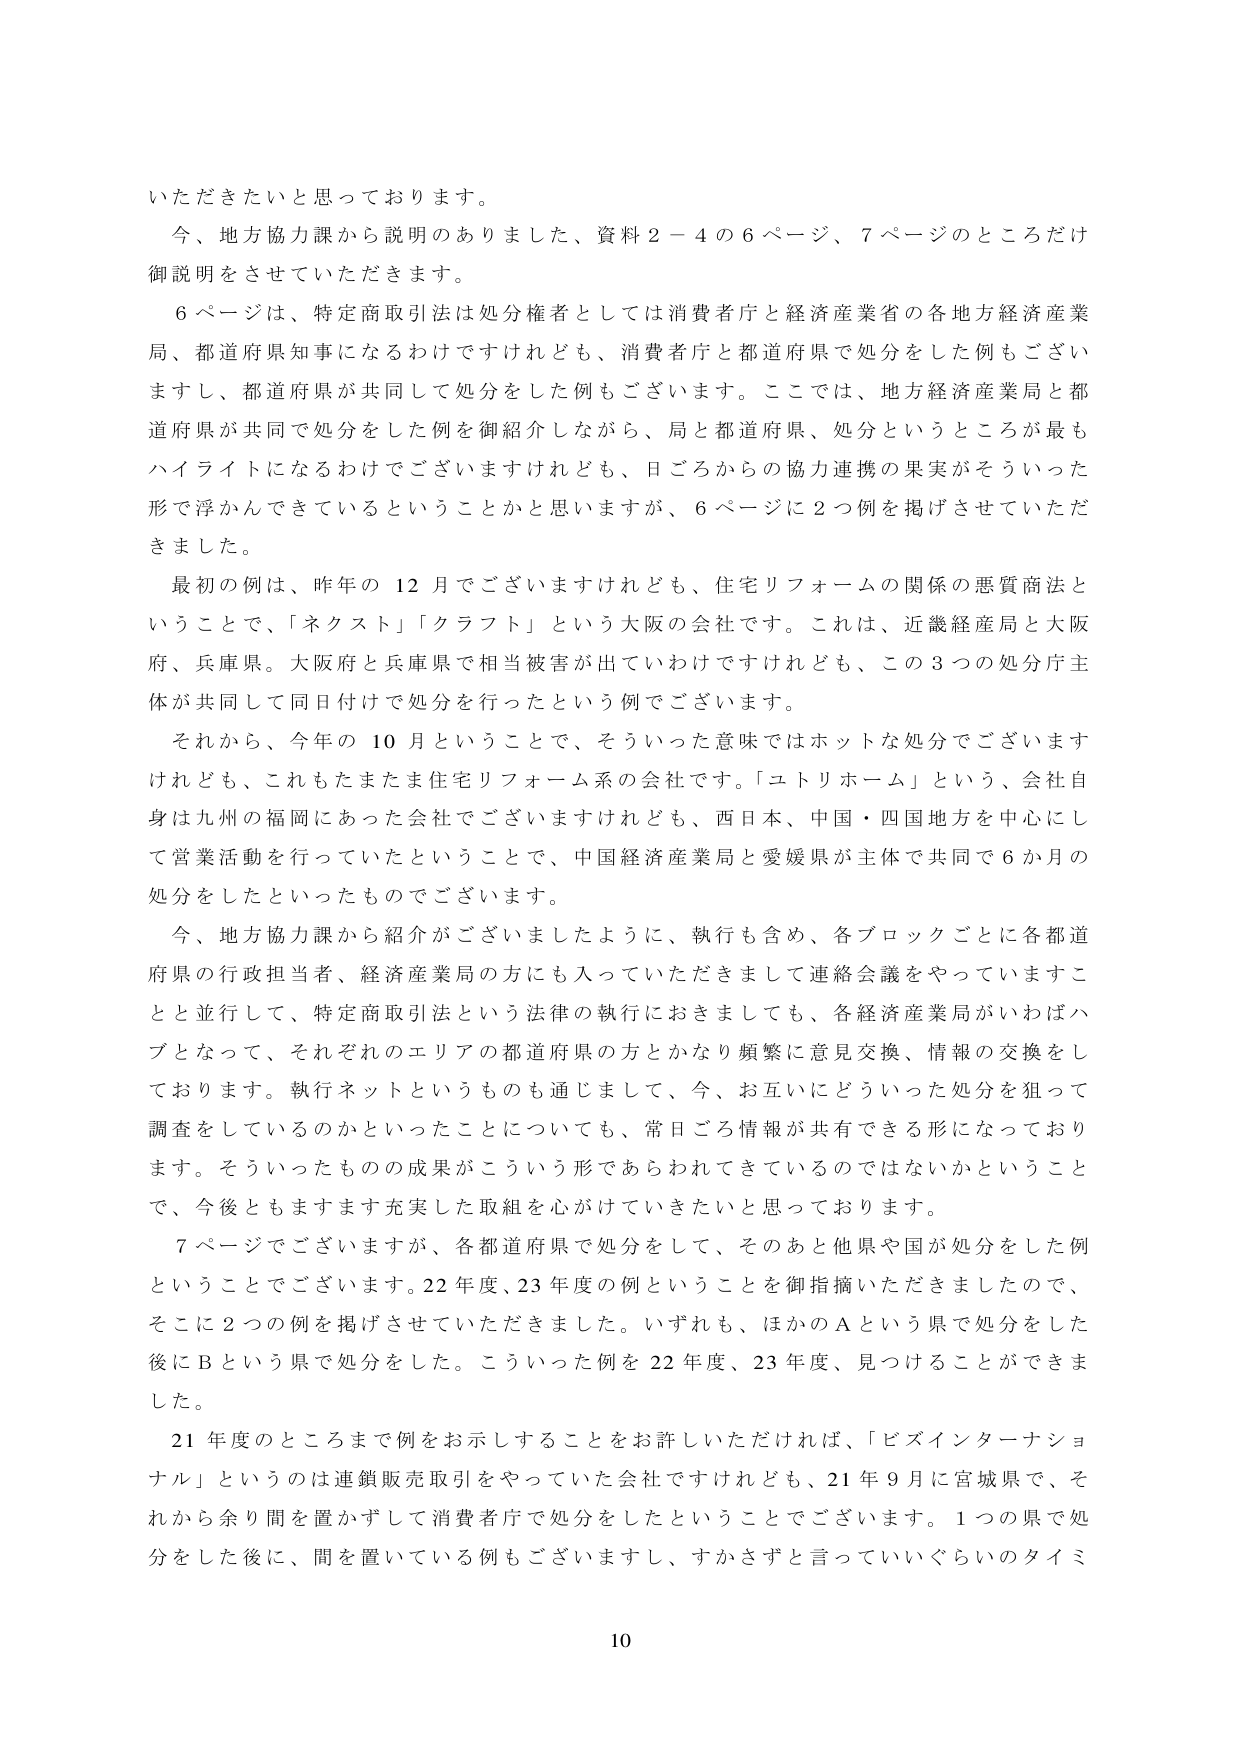
いただきたいと思っております。

今、地方協力課から説明のありました、資料２－４の６ページ、７ページのところだけ御説明をさせていただきます。

６ページは、特定商取引法は処分権者としては消費者庁と経済産業省の各地方経済産業局、都道府県知事になるわけですがけれども、消費者庁と都道府県で処分をした例もございますし、都道府県が共同して処分をした例もございます。ここでは、地方経済産業局と都道府県が共同で処分をした例を御紹介しながら、局と都道府県、処分というところが最もハイライトになるわけでございますけれども、日ごろからの協力連携の果実がそういった形で浮かんできているということかと思いますが、６ページに２つ例を掲げさせていただきました。

最初の例は、昨年の１２月でございますけれども、住宅リフォームの関係の悪質商法ということで、「ネクスト」「クラフト」という大阪の会社です。これは、近畿経産局と大阪府、兵庫県。大阪府と兵庫県で相当被害が出ていわけですけれども、この３つの処分主体が共同して同日付けで処分を行ったという例でございます。

それから、今年の１０月ということで、そういった意味ではホットな処分でございますけれども、これもたまたま住宅リフォーム系の会社です。「ユトリホーム」という、会社自身は九州の福岡にあった会社でございますけれども、西日本、中国・四国地方を中心にして営業活動を行っていたということで、中国経済産業局と愛媛県が主体で共同で６か月の処分をしたといったものでございます。

今、地方協力課から紹介がございましたように、執行も含め、各ブロックごとに各都道府県の行政担当者、経済産業局の方にも入っていただきまして連絡会議をやっていますことと並行して、特定商取引法という法律の執行におきましても、各経済産業局がいわばハブとなって、それぞれのエリアの都道府県の方とかなり頻繁に意見交換、情報の交換をしております。執行ネットというのも通じまして、今、お互いにどういった処分を狙って調査をしているのかといったことについても、常日ごろ情報が共有できる形になっております。そういったものの成果がこういう形であらわれてきているのではないかということで、今後ともますます充実した取組を心がけていきたいと思っております。

７ページでございますが、各都道府県で処分をして、そのあと他県や国が処分をした例ということでございます。22年度、23年度の例ということを御指摘いただきましたので、そこに２つの例を掲げさせていただきました。いずれも、ほかのＡという県で処分をした後にＢという県で処分をした。こういった例を22年度、23年度、見つけることができました。

21年度のところまで例をお示しすることをお許しいただければ、「ビズインターナショナル」というのは連鎖販売取引をやっていた会社ですけれども、21年９月に宮城県で、それから余り間を置かずして消費者庁で処分をしたということでございます。１つの県で処分をした後に、問を置いている例もございますし、すかさずと言っていぐらいのタイミング

10